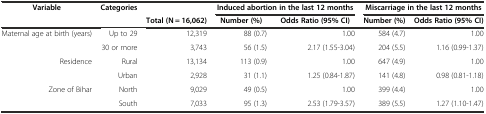
| Variable | Categories |  | <COLSPAN=2> Induced abortion in the last 12 months | <COLSPAN=2> Miscarriage in the last 12 months |
 |  |  | Total (N = 16,062) | Number (%) | Odds Ratio (95% CI) | Number (%) | Odds Ratio (95% CI) |
 | --- | --- | --- | --- | --- | --- | --- |
 | <ROWSPAN=2> Maternal age at birth (years) | Up to 29 | 12,319 | 88 (0.7) | 1.00 | 584 (4.7) | 1.00 |
 | 30 or more | 3,743 | 56 (1.5) | 2.17 (1.55-3.04) | 204 (5.5) | 1.16 (0.99-1.37) |
 | <ROWSPAN=2> Residence | Rural | 13,134 | 113 (0.9) | 1.00 | 647 (4.9) | 1.00 |
 | Urban | 2,928 | 31 (1.1) | 1.25 (0.84-1.87) | 141 (4.8) | 0.98 (0.81-1.18) |
 | <ROWSPAN=2> Zone of Bihar | North | 9,029 | 49 (0.5) | 1.00 | 399 (4.4) | 1.00 |
 | South | 7,033 | 95 (1.3) | 2.53 (1.79-3.57) | 389 (5.5) | 1.27 (1.10-1.47) |